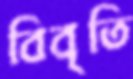
বিবৃতি